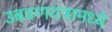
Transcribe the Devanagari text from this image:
उबवणयंत्रामध्ये